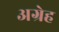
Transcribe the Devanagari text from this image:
अग्रेह